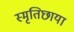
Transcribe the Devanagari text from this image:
स्मृतिछाया